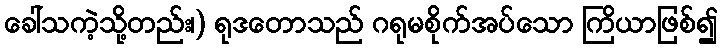
ခေါ်သကဲ့သို့တည်း၊) ရုဒတောသည် ဂရုမစိုက်အပ်သော ကြိယာဖြစ်၍